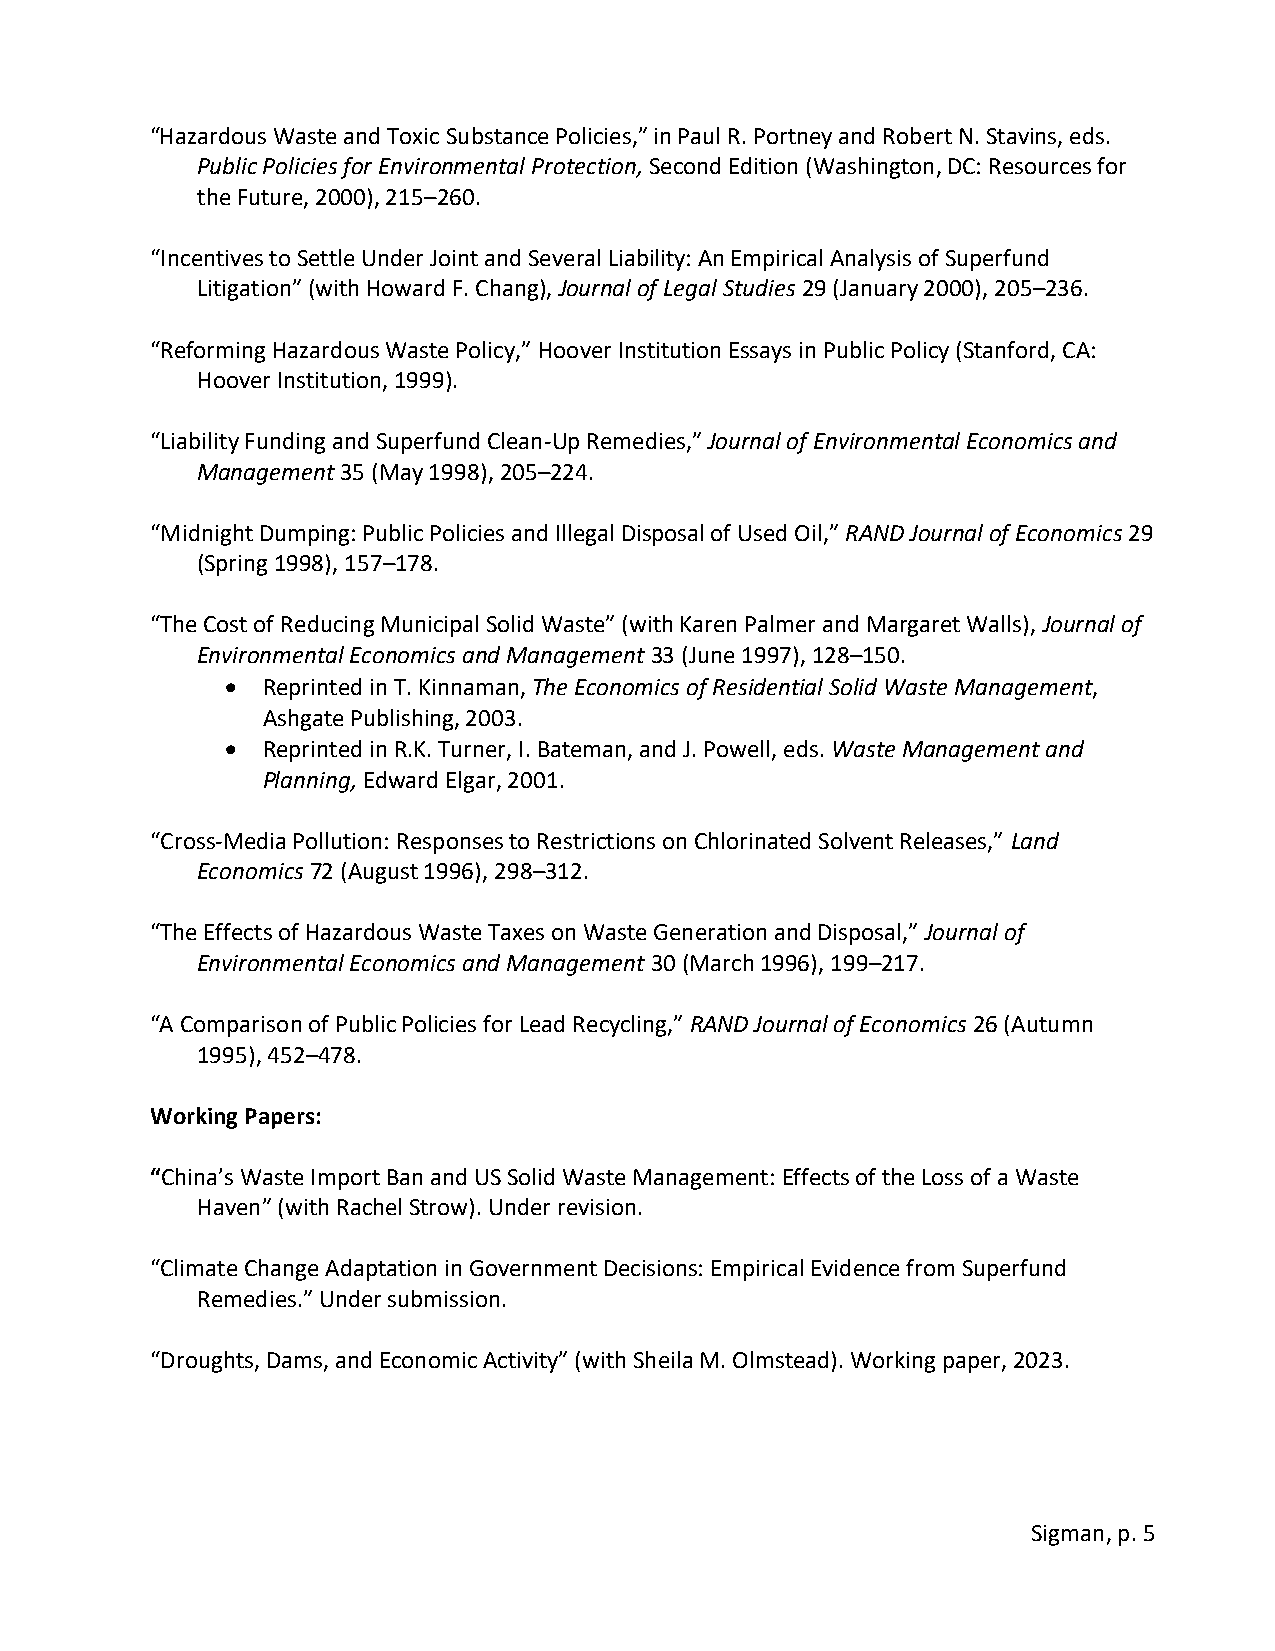
“Hazardous Waste and Toxic Substance Policies,” in Paul R. Portney and Robert N. Stavins, eds.
 Public Policies for Environmental Protection, Second Edition (Washington, DC: Resources for
 the Future, 2000), 215–260.
 “Incentives to Settle Under Joint and Several Liability: An Empirical Analysis of Superfund
 Litigation” (with Howard F. Chang), Journal of Legal Studies 29 (January 2000), 205–236.
 “Reforming Hazardous Waste Policy,” Hoover Institution Essays in Public Policy (Stanford, CA:
 Hoover Institution, 1999).
 “Liability Funding and Superfund Clean-Up Remedies,” Journal of Environmental Economics and
 Management 35 (May 1998), 205–224.
 “Midnight Dumping: Public Policies and Illegal Disposal of Used Oil,” RAND Journal of Economics 29
 (Spring 1998), 157–178.
 “The Cost of Reducing Municipal Solid Waste” (with Karen Palmer and Margaret Walls), Journal of
 Environmental Economics and Management 33 (June 1997), 128–150.
 • Reprinted in T. Kinnaman, The Economics of Residential Solid Waste Management,
 Ashgate Publishing, 2003.
 • Reprinted in R.K. Turner, I. Bateman, and J. Powell, eds. Waste Management and
 Planning, Edward Elgar, 2001.
 “Cross-Media Pollution: Responses to Restrictions on Chlorinated Solvent Releases,” Land
 Economics 72 (August 1996), 298–312.
 “The Effects of Hazardous Waste Taxes on Waste Generation and Disposal,” Journal of
 Environmental Economics and Management 30 (March 1996), 199–217.
 “A Comparison of Public Policies for Lead Recycling,” RAND Journal of Economics 26 (Autumn
 1995), 452–478.
 Working Papers:
 “China’s Waste Import Ban and US Solid Waste Management: Effects of the Loss of a Waste
 Haven” (with Rachel Strow). Under revision.
 “Climate Change Adaptation in Government Decisions: Empirical Evidence from Superfund
 Remedies.” Under submission.
 “Droughts, Dams, and Economic Activity” (with Sheila M. Olmstead). Working paper, 2023.
 Sigman, p. 5